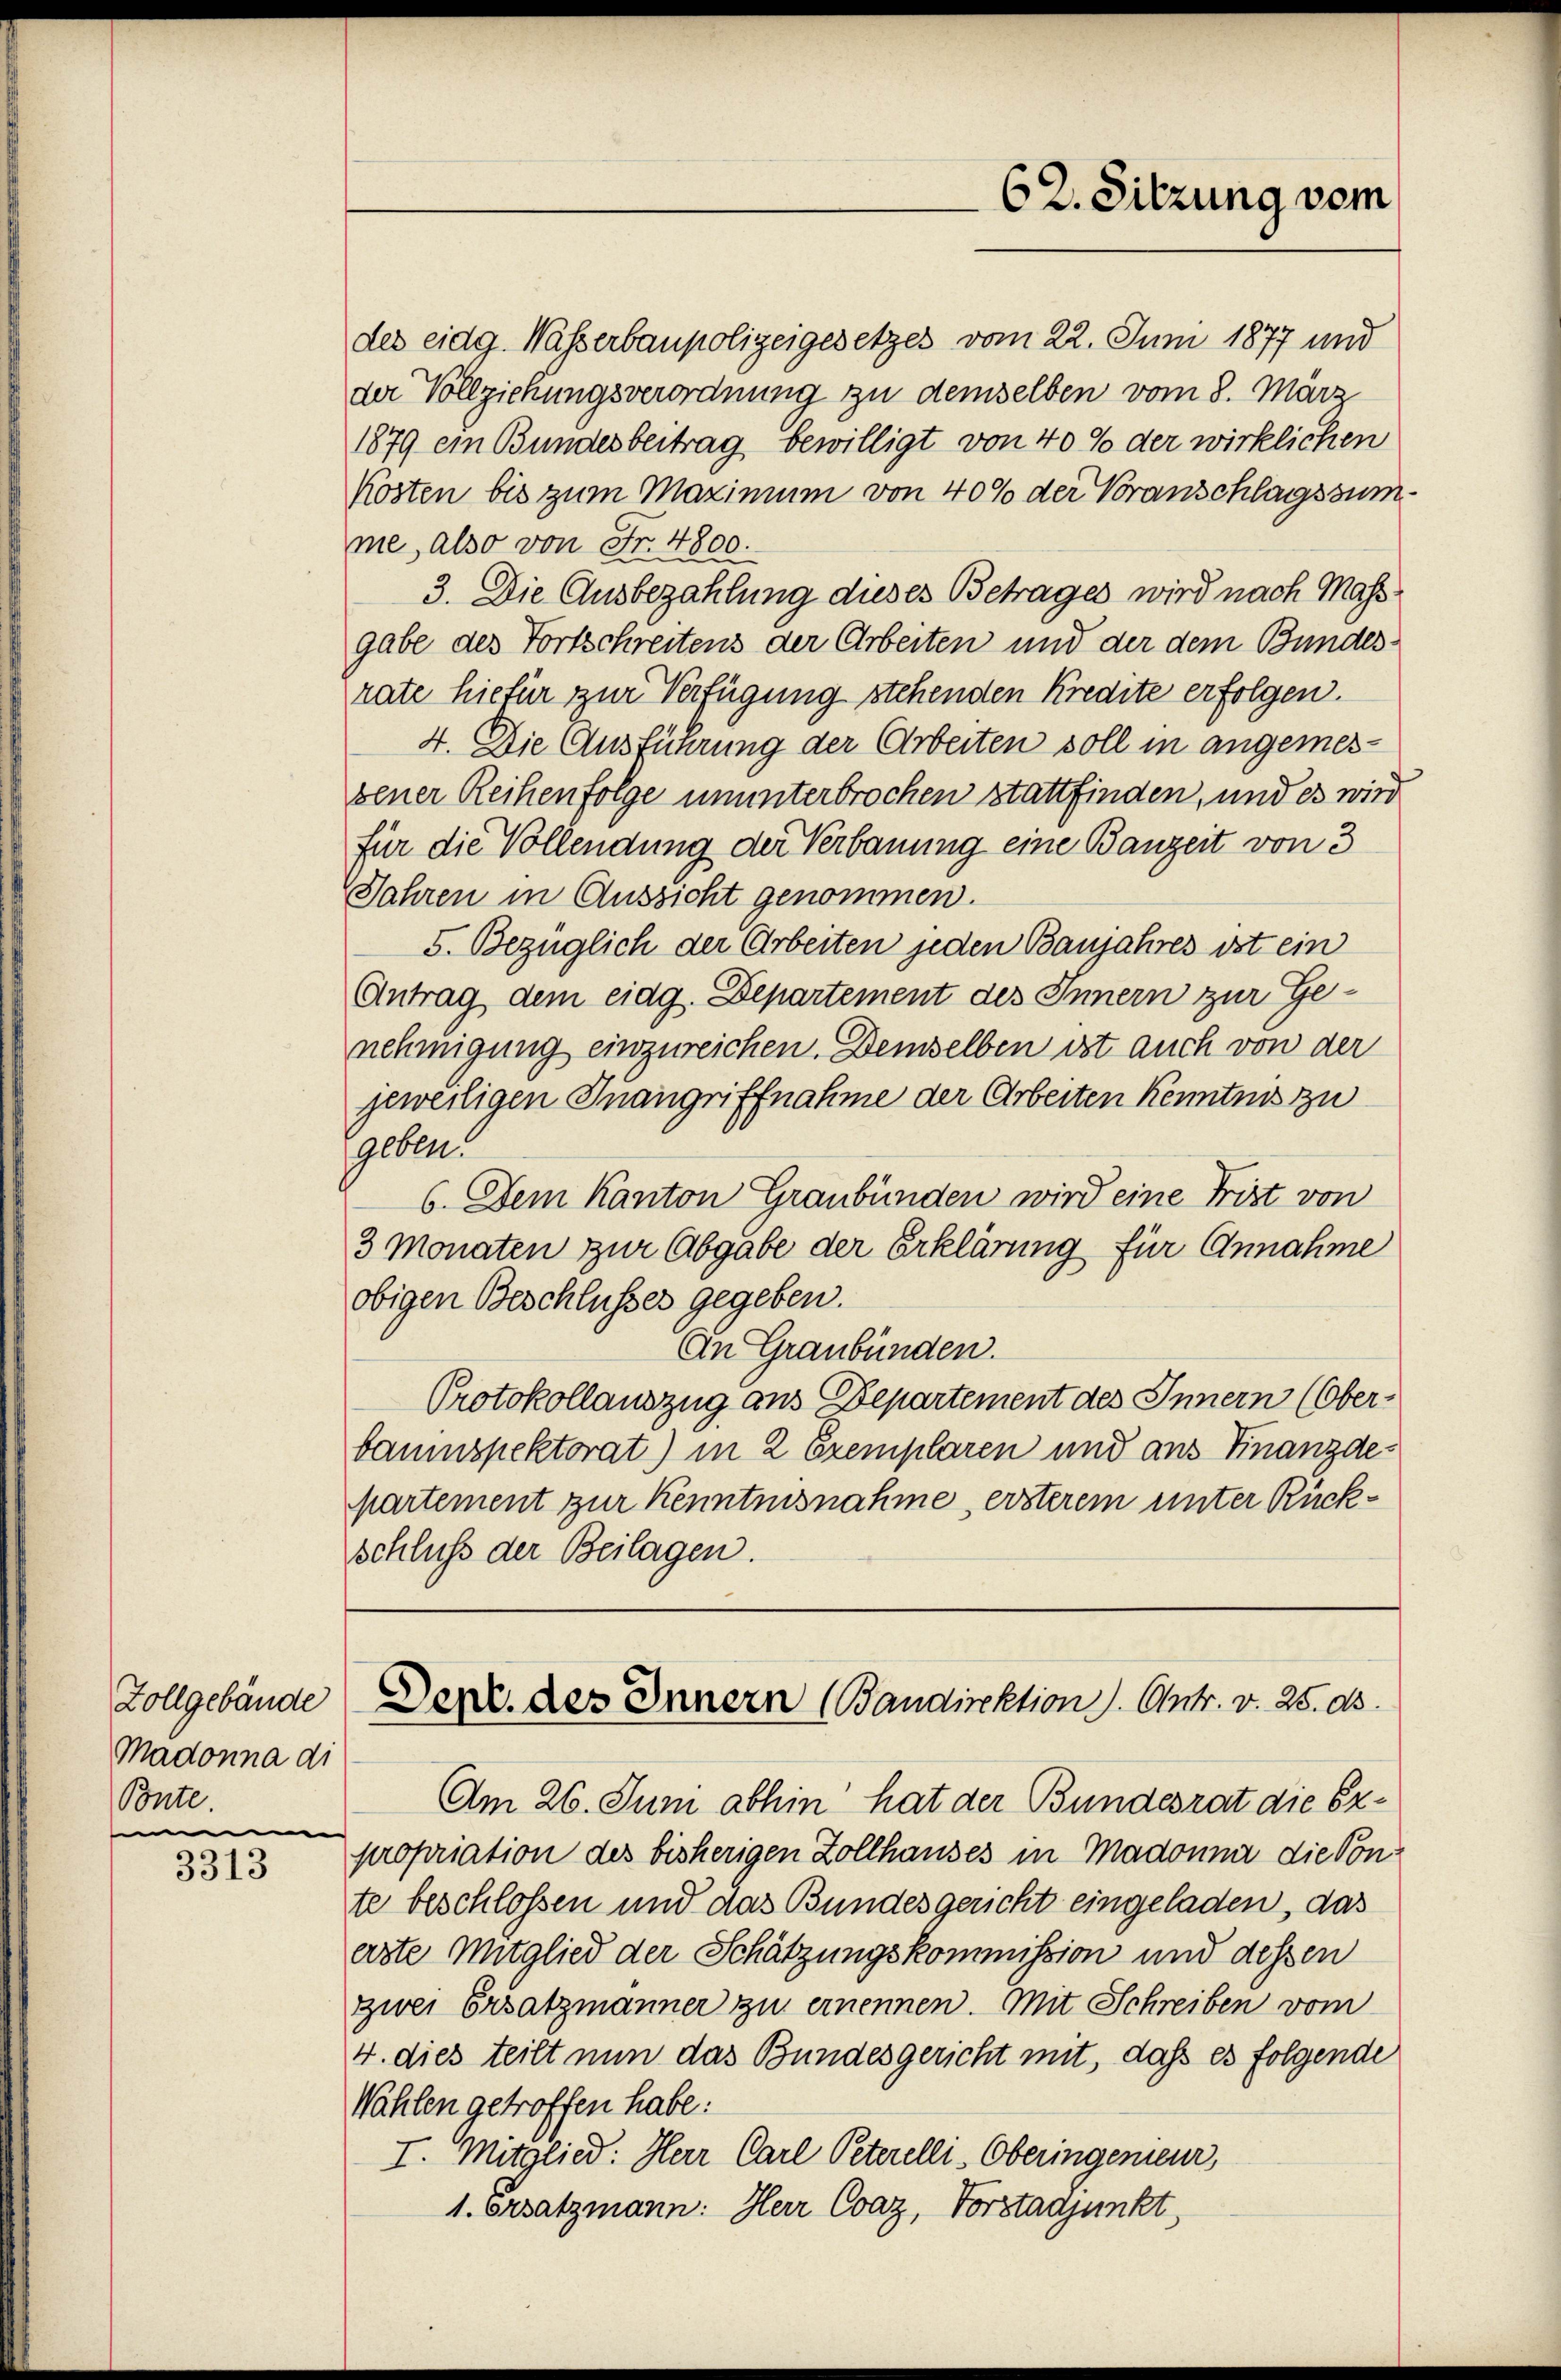
Zollgebäude
Madonna di
Ponte
e

3313

des eidg. Wasserbaupolizeigesetzes vom 22. Juni 1877 und
der Vollziehungsverordnung zu demselben vom 8. März
1879 ein Bundesbeitrag bewilligt von 40% der wirklichen
Kosten bis zum Maximum von 40% der Voranschlagssumme, also von Fr. 4800.
3. Die Ausbezahlung dieses Betrages wird nach Massgabe des Fortschreitens der Arbeiten und der dem Bundes-
rate hiefür zur Verfügung stehenden Kredite erfolgen.
4. Die Ausführung der Arbeiten soll in angemessener Reihenfolge ununterbrochen stattfinden, und es wird
für die Vollendung der Verbauung eine Bauzeit von 3
Jahren in Aussicht genommen.
5. Bezüglich der Arbeiten jeden Banjahres ist ein
Antrag dem eidg. Departement des Innern zur Ge-
nehmigung einzureichen. Demselben ist auch von der
jeweiligen Inangriffnahme der Arbeiten Kenntnis zu
geben.
6. Dem Kanton Graubünden wird eine Frist von
3 Monaten zur Abgabe der Erklärung für Annahme
obigen Beschlusses gegeben.
An Graubünden.
Protokollauszug aus Departement des Innern (Ober-
baumspektorat) in 2 Exemplaren und aus Finanzdepartement zur Kenntnisnahme ersterem unter Rückschluss der Beilagen.

62. Sitzung vom

Am 26. Juni abhin hat der Bundesrat die Expropriation des bisherigen Zollhauses in Madonna die Conte beschlossen und das Bundesgericht eingeladen, das
arste Mitglied der Schätzungskommission und dessen
zwei Ersatzmänner zu ernennen. Mit Schreiben vom
4. dies teilt nun das Bundesgericht mit, dass es folgende
Wählen getroffen habe:
I. Mitglied: Herr Carl Peterelli-Oberingenieur,
1. Ersatzmann: Herr Coaz, Vorstaajunkt,

Derz. des Innern (Bandirektion). Antr. v. 25. ds.